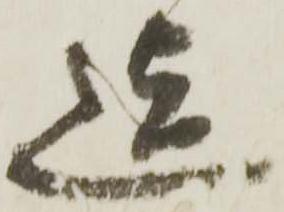
迄